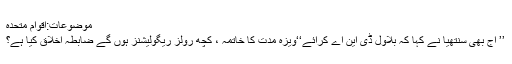
موضوعات:اقوام متحدہ
’’ آج بھی سنتھیا نے کہا کہ بلاول ڈی این اے کرائے‘‘ویزہ مدت کا خاتمہ ، کچھ رولز ریگولیشنز ہوں گے ضابطہ اخلاق کیا ہے؟